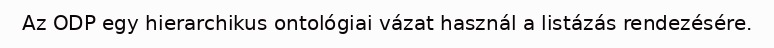
Az ODP egy hierarchikus ontológiai vázat használ a listázás rendezésére.